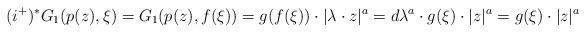
LaTeX: \begin{align*}(i^+)^*G_1(p(z), \xi)=G_1(p(z), f(\xi))=g(f(\xi))\cdot |\lambda\cdot z|^a=d\lambda^a\cdot g(\xi) \cdot|z|^a=g(\xi) \cdot|z|^a\end{align*}